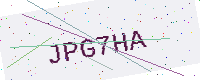
Text: JPG7HA